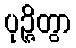
ပုဉ္ဇိတွာ